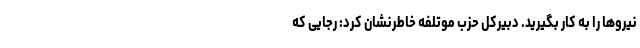
نیروها را به کار بگیرید. دبیرکل حزب موتلفه خاطرنشان کرد: رجایی که